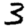
Digit: 3